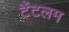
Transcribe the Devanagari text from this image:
टैंटलम